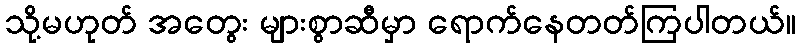
သို့မဟုတ် အတွေး များစွာဆီမှာ ရောက်နေတတ်ကြပါတယ်။